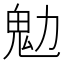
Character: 𩱹